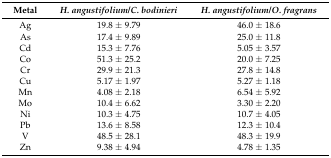
<table><thead><tr><td><b>Metal</b></td><td><b><i>H. angustifolium</i>/<i>C. bodinieri</i></b></td><td><b><i>H. angustifolium</i>/<i>O. fragrans</i></b></td></tr></thead><tbody><tr><td>Ag</td><td>19.8 ± 9.79</td><td>46.0 ± 18.6</td></tr><tr><td>As</td><td>17.4 ± 9.89</td><td>25.0 ± 11.8</td></tr><tr><td>Cd</td><td>15.3 ± 7.76</td><td>5.05 ± 3.57</td></tr><tr><td>Co</td><td>51.3 ± 25.2</td><td>20.0 ± 7.25</td></tr><tr><td>Cr</td><td>29.9 ± 21.3</td><td>27.8 ± 14.8</td></tr><tr><td>Cu</td><td>5.17 ± 1.97</td><td>5.27 ± 1.18</td></tr><tr><td>Mn</td><td>4.08 ± 2.18</td><td>6.54 ± 5.92</td></tr><tr><td>Mo</td><td>10.4 ± 6.62</td><td>3.30 ± 2.20</td></tr><tr><td>Ni</td><td>10.3 ± 4.75</td><td>10.7 ± 4.05</td></tr><tr><td>Pb</td><td>13.6 ± 8.58</td><td>12.3 ± 10.4</td></tr><tr><td>V</td><td>48.5 ± 28.1</td><td>48.3 ± 19.9</td></tr><tr><td>Zn</td><td>9.38 ± 4.94</td><td>4.78 ± 1.35</td></tr></tbody></table>